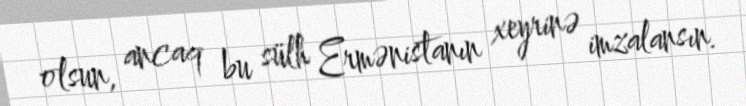
olsun, ancaq bu sülh Ermənistanın xeyrinə imzalansın.